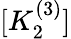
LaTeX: [K_{2}^{(3)}]